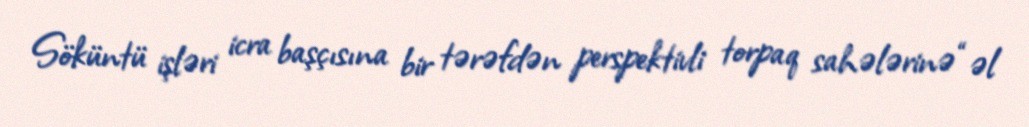
Söküntü işləri icra başçısına bir tərəfdən perspektivli torpaq sahələrinə “əl